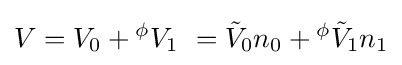
V=V_{0}+{}^{\phi }{V}_{1}\ ={\tilde {V}}_{0}n_{0}+{}^{\phi }{\tilde {V}}_{1}n_{1}